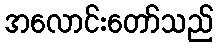
အလောင်းတော်သည်